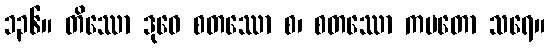
၁၃၆။ တိဿော ဒုဝေ စတဿော စ၊ စတဿော ကမတော သရေ။